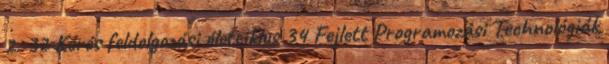
2. 32 Kérés feldolgozási életciklus 34 Fejlett Programozási Technológiák